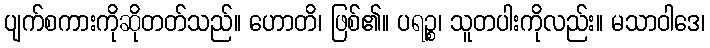
ပျက်စကားကိုဆိုတတ်သည်။ ဟောတိ၊ ဖြစ်၏။ ပရဉ္စ၊ သူတပါးကိုလည်း။ မသာဝါဒေ၊